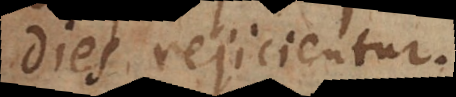
dies rejicientur.